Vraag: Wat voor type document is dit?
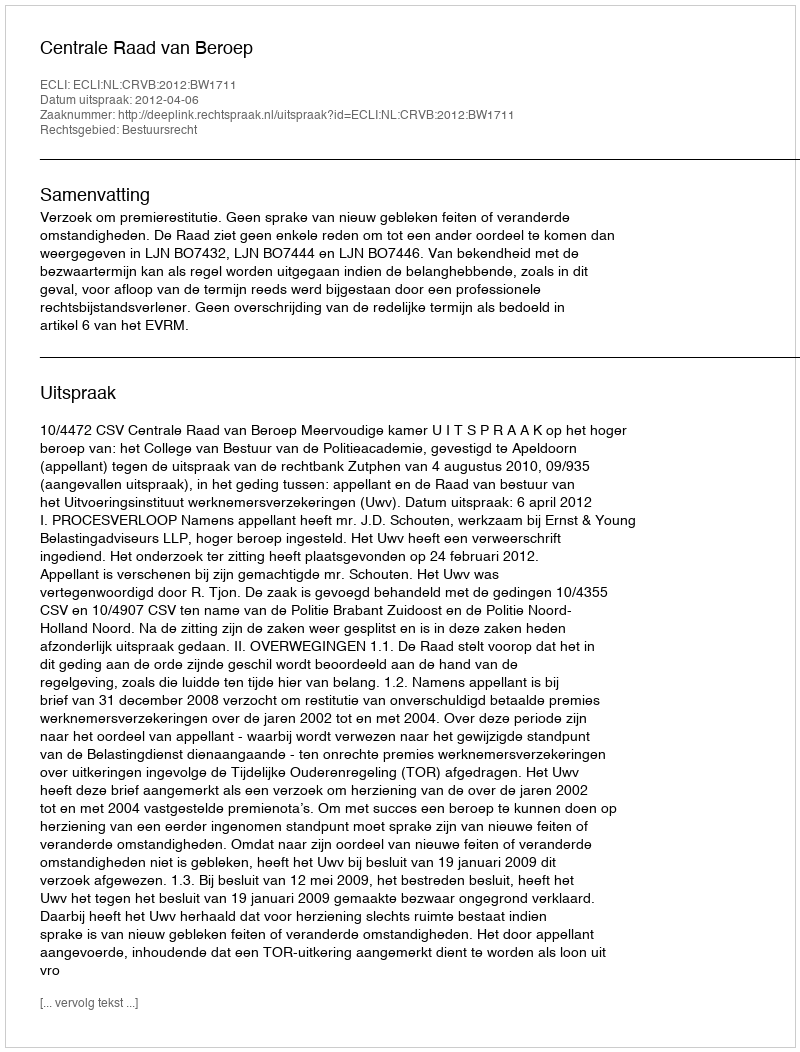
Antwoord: Uitspraak